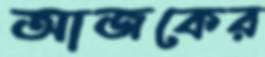
আজকের